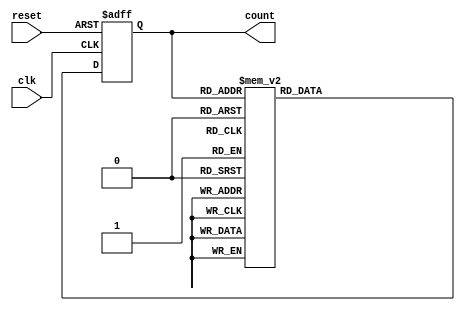
module gray_code_counter(
input clk, // Clock input
input reset, // Reset input
output reg [3:0] count // 4-bit Gray code counter output
);

always @(posedge clk or posedge reset) begin
if (reset) begin
count <= 4'b0000; // Initialize count to 0
end else begin
// Calculate the next count value
case(count)
4'b0000: count <= 4'b0001;
4'b0001: count <= 4'b0011;
4'b0011: count <= 4'b0010;
4'b0010: count <= 4'b0110;
4'b0110: count <= 4'b0111;
4'b0111: count <= 4'b0101;
4'b0101: count <= 4'b0100;
4'b0100: count <= 4'b1100;
4'b1100: count <= 4'b1101;
4'b1101: count <= 4'b1111;
4'b1111: count <= 4'b1110;
4'b1110: count <= 4'b1010;
4'b1010: count <= 4'b1011;
4'b1011: count <= 4'b1001;
4'b1001: count <= 4'b1000;
4'b1000: count <= 4'b0000;
default: count <= 4'b0000;
endcase
end
end
endmodule